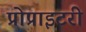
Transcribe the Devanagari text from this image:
प्रोप्राइटरी